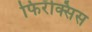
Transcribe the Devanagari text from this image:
फिरॅक्सिस